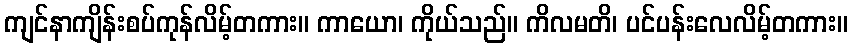
ကျင်နာကျိန်းစပ်ကုန်လိမ့်တကား။ ကာယော၊ ကိုယ်သည်။ ကိလမတိ၊ ပင်ပန်းလေလိမ့်တကား။